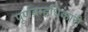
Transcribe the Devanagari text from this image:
पूर्णब्रम्हधिकारी